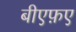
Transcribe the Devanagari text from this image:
बीएफ़ए